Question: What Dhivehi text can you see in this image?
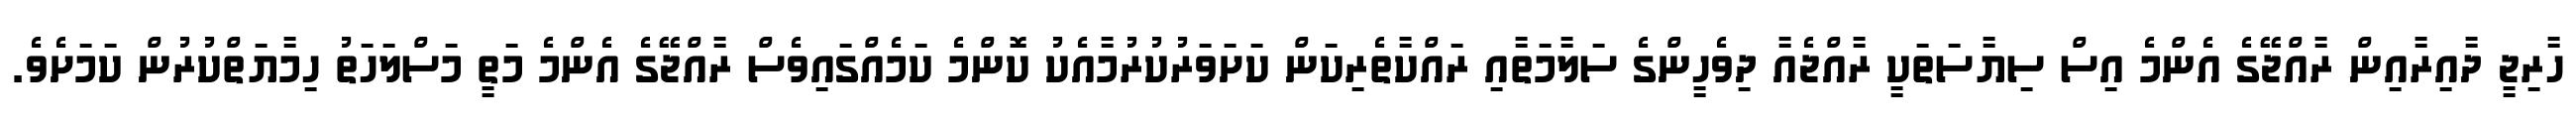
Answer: ހާރިޖީ ދާއިރާއިން ރާއްޖޭގެ އެންމެ އިސް ސިޔާސަތަކީ ރާއްޖެއާ ދިވެހީންގެ ސަލާމަތާއި ރައްކާތެރިކަން ކަށަވަރުކުރުމާއެކު ކޮންމެ ކަމެއްގައިވެސް ރާއްޖޭގެ އެންމެ މަތީ މަސްލަހަތު ހިމާޔަތްކުރުން ކަމަށެވެ.